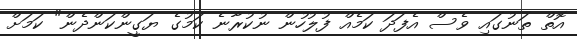
އޮތް ތަނުގައި ވެސް އެފަދަ ކަމެއް ފުލުހުން ނުކުރާނެ ކަމުގެ ޔަގީންކަންދެން" ކަމަށް